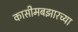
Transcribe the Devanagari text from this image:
कासीमबझारच्या